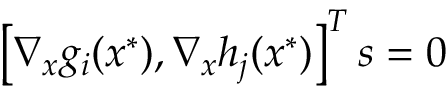
\left[ \nabla _ { x } g _ { i } ( x ^ { * } ) , \nabla _ { x } h _ { j } ( x ^ { * } ) \right] ^ { T } s = 0